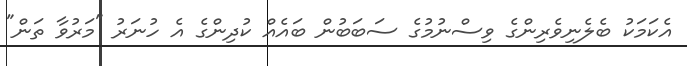
އެކަމަކު ބެލެނިވެރިންގެ ވިސްނުމުގެ ސަބަބުން ބައެއް ކުދިންގެ އެ ހުނަރު "މަރުވާ ތަން"